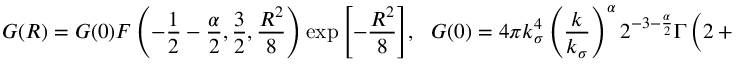
{ \cal G } ( R ) = { \cal G } ( 0 ) F \left( - \frac { 1 } { 2 } - \frac { \alpha } { 2 } , \frac { 3 } { 2 } , \frac { R ^ { 2 } } { 8 } \right) \exp { \Biggl [ - \frac { R ^ { 2 } } { 8 } \Biggr ] } , ~ ~ ~ { \cal G } ( 0 ) = 4 \pi k _ { \sigma } ^ { 4 } \left( \frac { k } { k _ { \sigma } } \right) ^ { \alpha } 2 ^ { - 3 - \frac { \alpha } { 2 } } \Gamma \left( 2 + \frac { \alpha } { 2 } \right)